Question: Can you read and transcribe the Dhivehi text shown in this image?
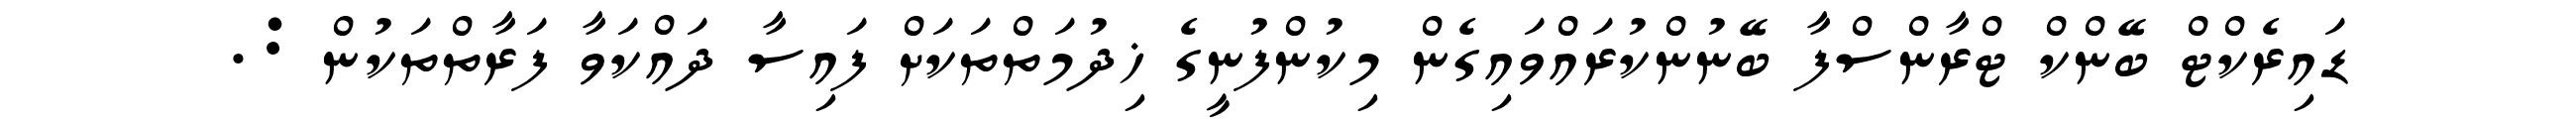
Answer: ޑައިރެކްޓް ބޭންކް ޓްރާންސްފާ ބޭނުންކުރައްވައިގެން މިކުންފުނީގެ ޚިދުމަތްތަކަށް ފައިސާ ދައްކަވާ ފަރާތްތަކުން :.